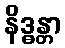
နိဒ္ဓန္တာ